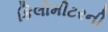
કિલોમીટરની